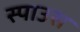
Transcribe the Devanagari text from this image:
स्पाउस